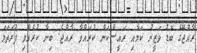
ރާއްޖޭގެ ބޮޑު ވަޒީރު ކަމާއި ރައީސްކަން ކުރައްވާ ރާއްޖެ. ބިނާ ކުރެއްވި ފުރަތަމަ